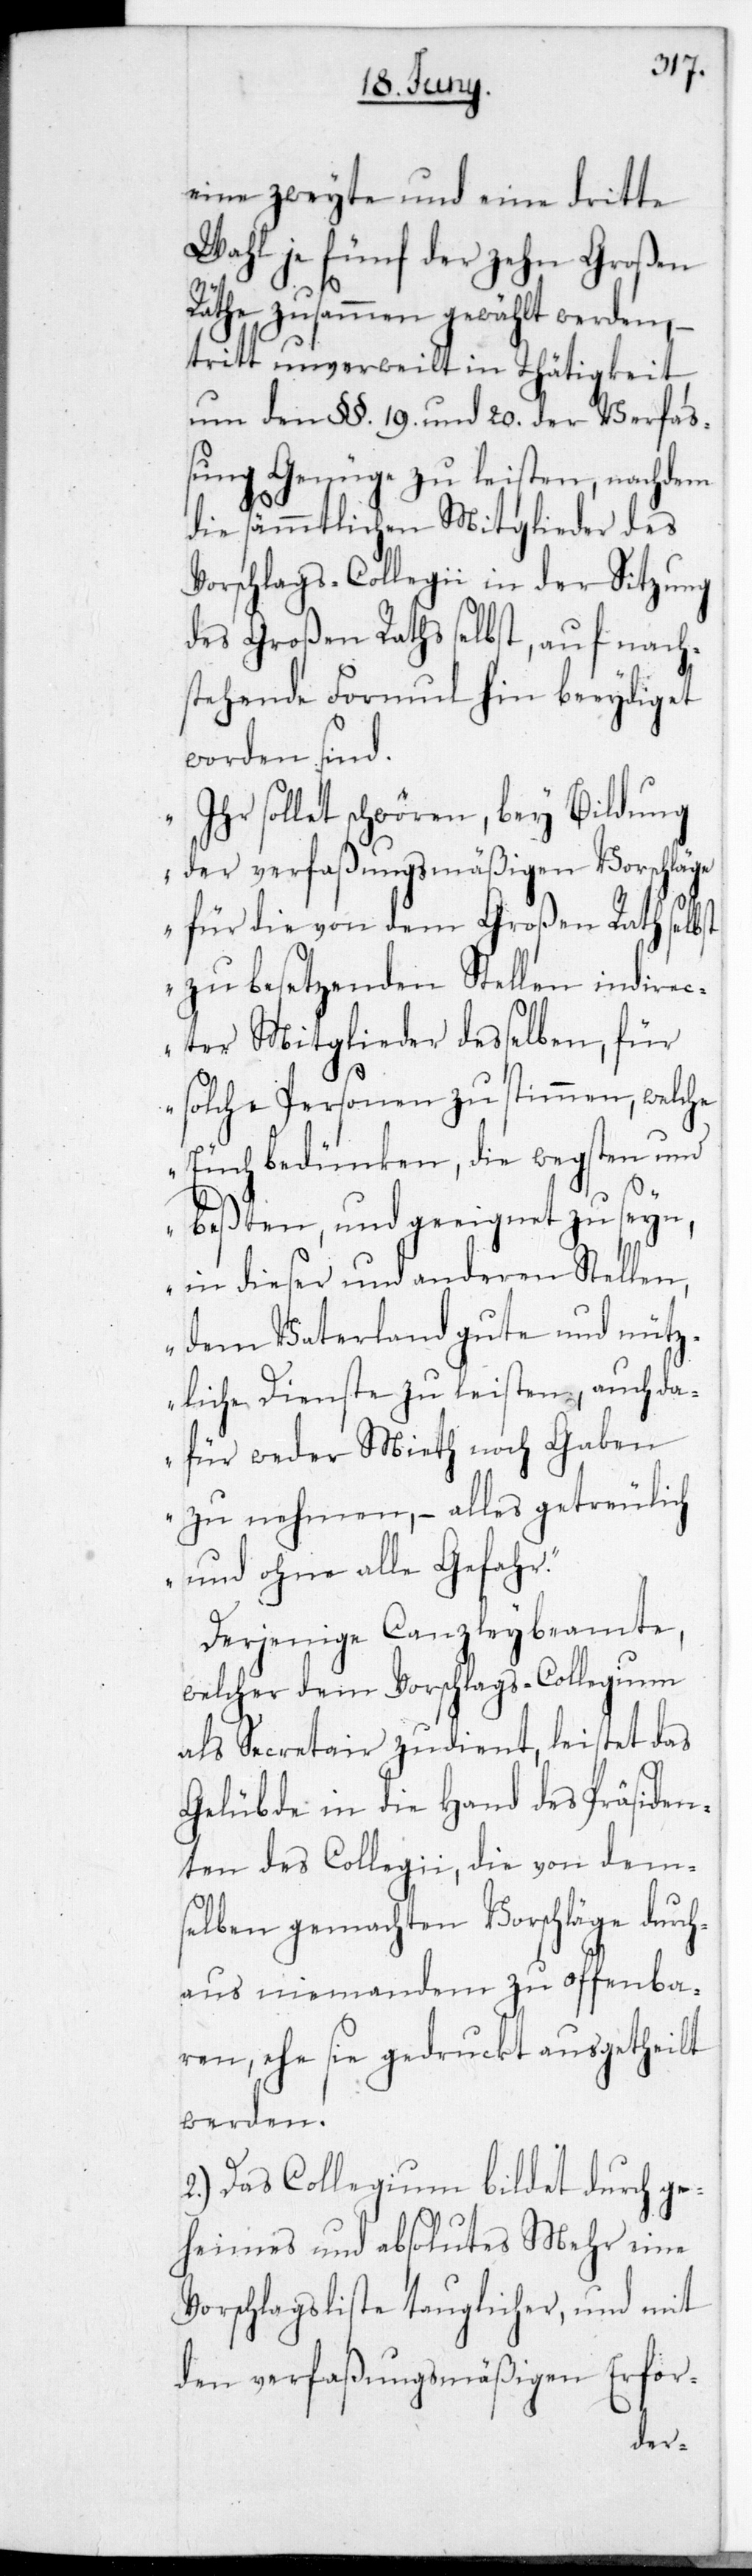
eine zweyte und eine dritte
Wahl je fünf der zehn Großen
Räthe zusammen gewählt werden,
tritt unverweilt in Thätigkeit,
um den §§. 19. und 20. der Verfa¬
ßung Genüge zu leisten, nachdem
lbst
die sämmtlichen Mitglieder des
Vorschlags-Collegii in der Sitzung
des Großen Raths selbst, auf nach¬
stehende Formul hin beeidiget
worden sind.
„Ihr sollet schwören, bey Bildung
der verfaßungsmäßigen Vorschläge
Rath se¬
für die von dem Gro¬
zu besetzenden Stellen indire¬
cter Mitglieder deßelben, für
solche Personen zu stimmen, welche
euch bedünken, die wegsten und
beßten und geeignet zu seyn,
in dieser und anderen Stellen,
dem Vaterland gute und nütz¬
liche Dienste zu leisten, auch da¬
für weder Miet noch Gaben
zu nehmen, – alles getreulich
und ohne alle Gefahr.“
Derjenige Canzleybeamte,
welcher dem Vorschlags-Collegium
als Sectretair zudient, leistet das
Gelübde in die Hand des Präsiden¬
ten des Collegii, die von dem¬
selben gemachten Vorschläge durch¬
aus niemandem zu offenba¬
ren, ehe sie gedruckt ausgetheilt
werden.
2.) Das Collegium bildet durch ge¬
heimes und absolutes Mehr eine
Vorschlagsliste tauglicher, und mit
den verfaßungsmäßigen Erfor-